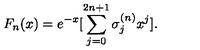
F _ { n } ( x ) = e ^ { - x } [ \sum _ { j = 0 } ^ { 2 n + 1 } \sigma _ { j } ^ { ( n ) } x ^ { j } ] .